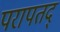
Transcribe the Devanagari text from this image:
परापतद्